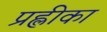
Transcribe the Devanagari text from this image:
प्रह्लीका